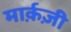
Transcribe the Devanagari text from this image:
मार्क़ज़ी